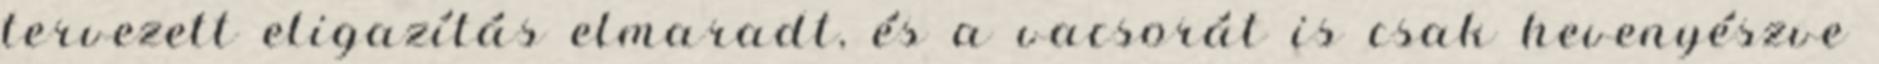
tervezett eligazítás elmaradt, és a vacsorát is csak hevenyészve